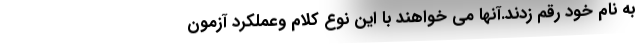
به نام خود رقم زدند.آنها مي خواهند با اين نوع كلام وعملكرد آزمون